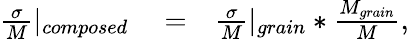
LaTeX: \begin{array}{rlr}{\frac{\sigma}{M}|_{composed}}&{{}=}&{\frac{\sigma}{M}|_{grain}*\frac{M_{grain}}{M},}\end{array}